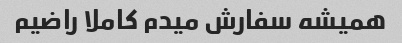
همیشه سفارش میدم کاملا راضیم